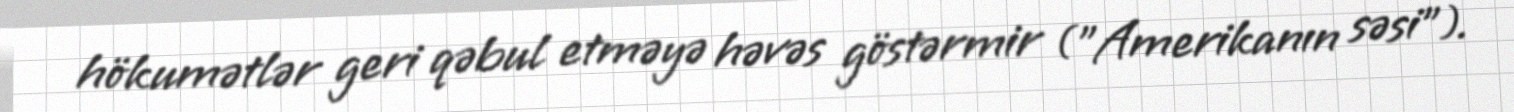
hökumətlər geri qəbul etməyə həvəs göstərmir ("Amerikanın səsi").